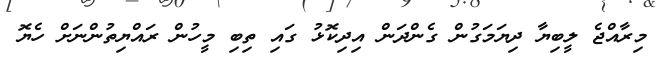
މިރާއްޖެ ލީބިޔާ ދިޔަމަގުން ގެންދަން އިދިކޮޅު ގައި ތިބި މީހުން ރައްޔިތުންނަށް ހެޔޮ